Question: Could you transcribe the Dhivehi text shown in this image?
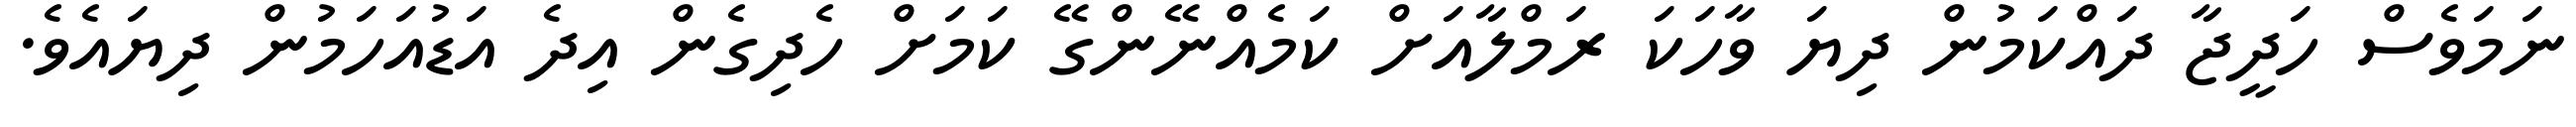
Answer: ނަމަވެސް ހަދީޖާ ދައްކަމުން ދިޔަ ވާހަކަ ރަމްލާއަށް ކަމެއްނޭންގޭ ކަމަށް ހެދިގެން އިދެ އަޑުއަހަމުން ދިޔައެވެ.